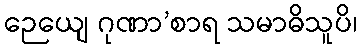
ဉေယျေ ဂုဏာ’စာရ သမာဓိသူပိ၊